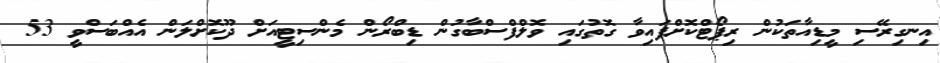
އިނގިރޭސި މީޑިއާތަކުން ރިޕޯޓްކޮށްފައިވާ ގޮތުގައި ވޮލްފްސްބާގުން ޑިބްރޯން މެންސިޓީއަށް ދޫކޮށްލަން އެއްބަސްވީ 53